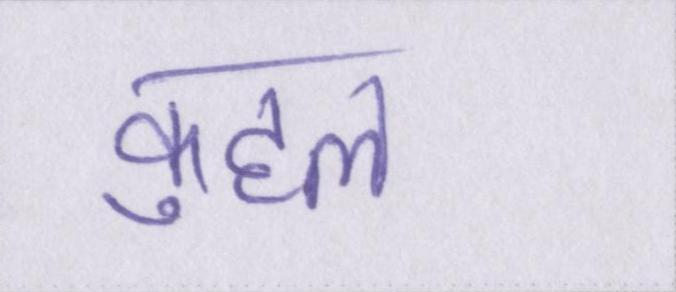
कुहल